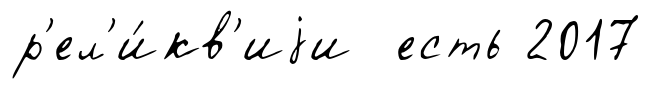
р'ел'и́кв'иjи есть 2017